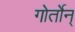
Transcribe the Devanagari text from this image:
गोर्तोन्